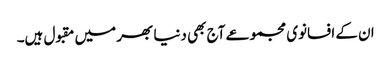
ان کے افسانوی مجموعے آج بھی دنیا بھر میں مقبول ہیں۔